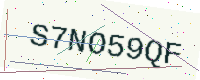
Text: S7NO59QF